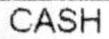
CASH